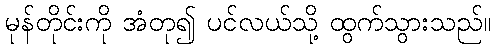
မုန်တိုင်းကို အံတု၍ ပင်လယ်သို့ ထွက်သွားသည်။